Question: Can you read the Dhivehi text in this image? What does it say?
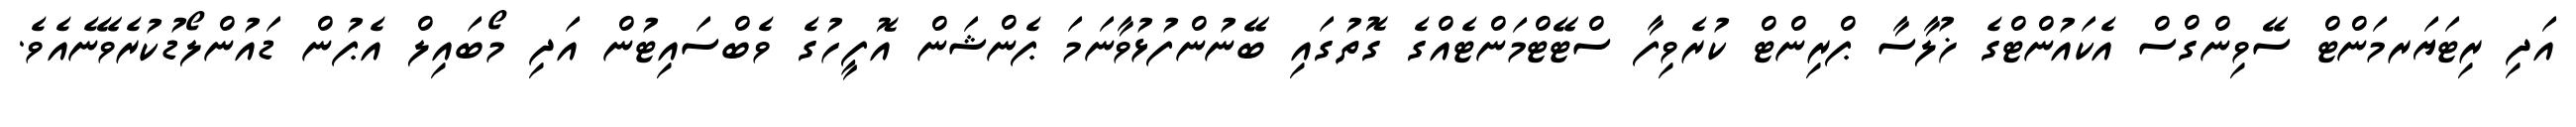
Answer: އަދި ރިޓަޔަރމަންޓް ސޭވިންގްސް އެކައުންޓްގެ ޚުލާސާ ޕްރިންޓް ކުރެވިފާ ސްޓޭޓްމަންޓެއްގެ ގޮތުގައި ބޭނުންފުޅުވާނަމަ ޕެންޝަން އޮފީހުގެ ވެބްސައިޓުން އަދި މޯބައިލް އެޕުން ޑައުންލޯޑުކުރެވޭނެއެވެ.